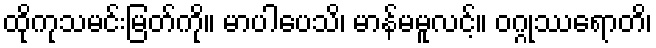
ထိုကုသမင်းမြတ်ကို။ မာပါပေသိ၊ မာန်မမူလင့်။ ဝဂ္ဂုဿရောတိ၊